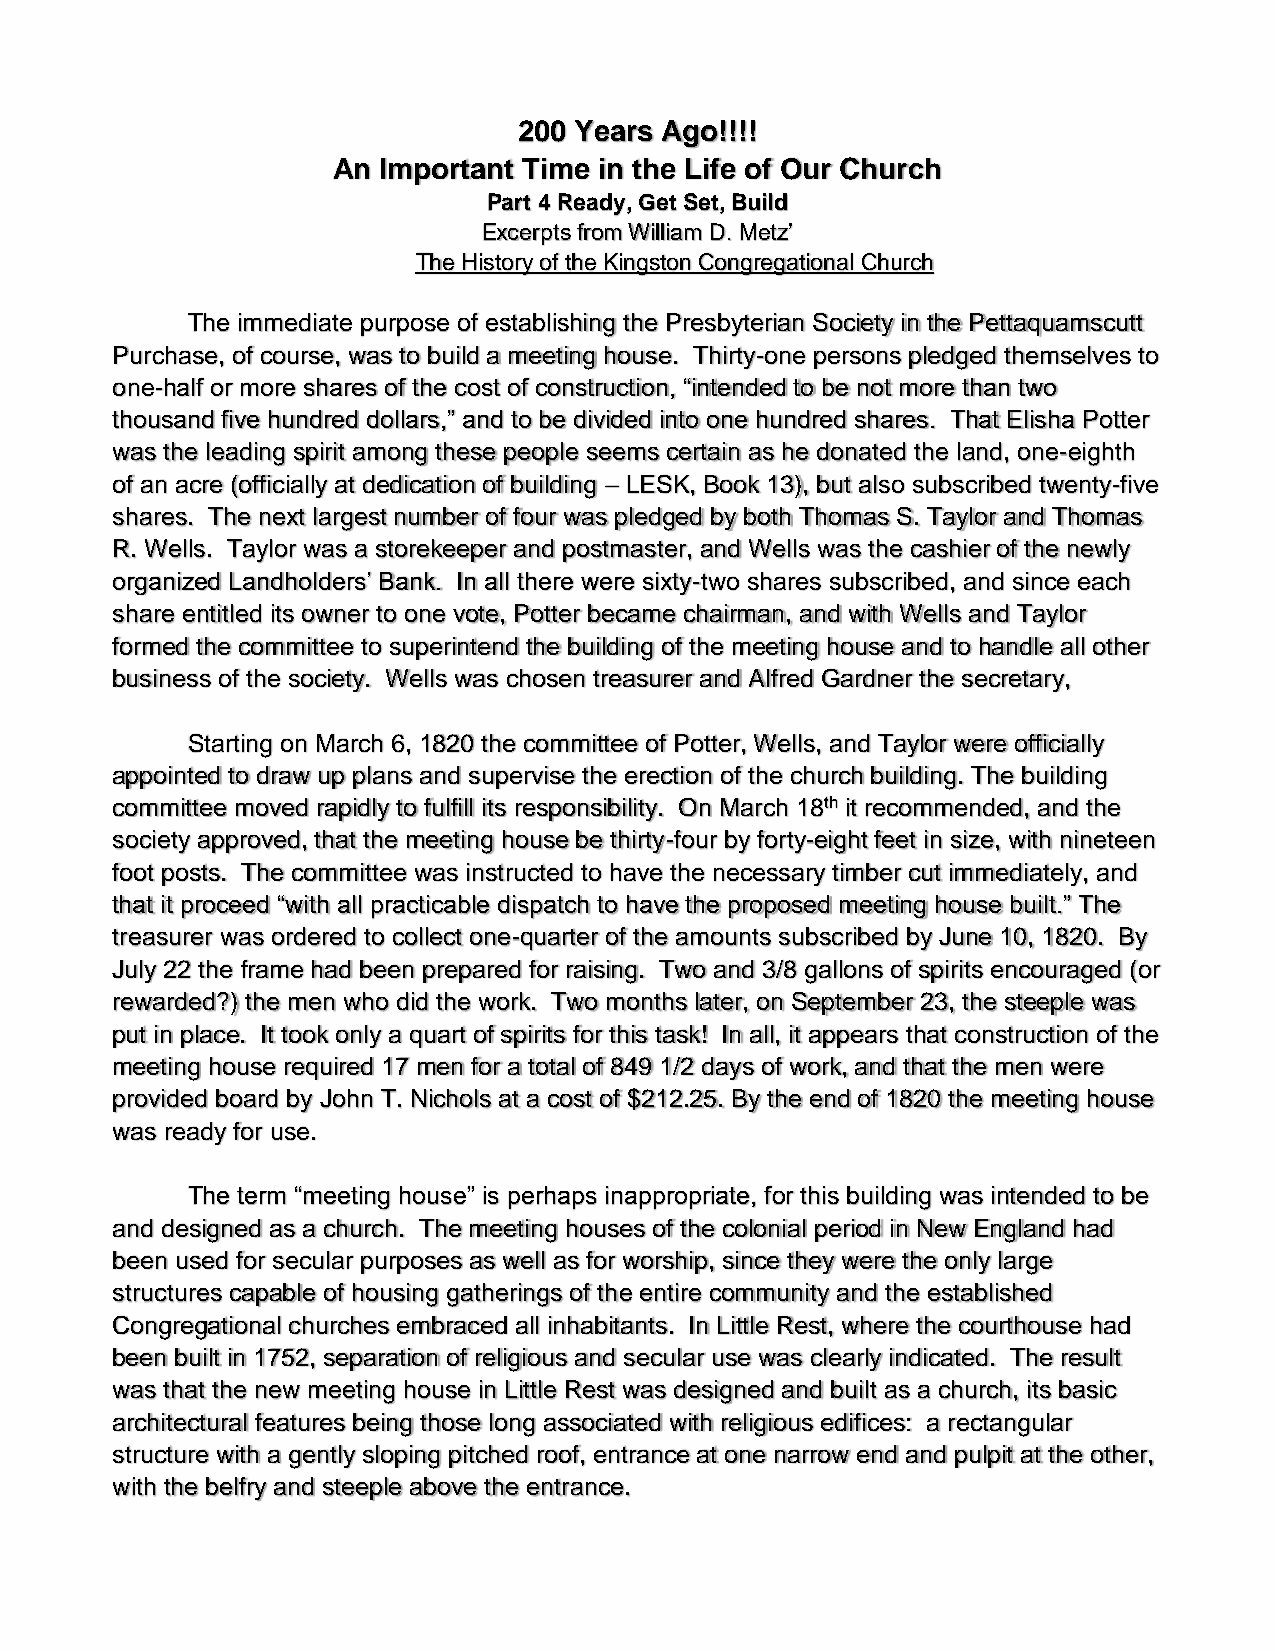
200 Years Ago!!!!
 An Important Time in the Life of Our Church
 Part 4 Ready, Get Set, Build
 Excerpts from William D. Metz’
 The History of the Kingston Congregational Church
 The immediate purpose of establishing the Presbyterian Society in the Pettaquamscutt
 Purchase, of course, was to build a meeting house. Thirty-one persons pledged themselves to
 one-half or more shares of the cost of construction, “intended to be not more than two
 thousand five hundred dollars,” and to be divided into one hundred shares. That Elisha Potter
 was the leading spirit among these people seems certain as he donated the land, one-eighth
 of an acre (officially at dedication of building – LESK, Book 13), but also subscribed twenty-five
 shares. The next largest number of four was pledged by both Thomas S. Taylor and Thomas
 R. Wells. Taylor was a storekeeper and postmaster, and Wells was the cashier of the newly
 organized Landholders’ Bank. In all there were sixty-two shares subscribed, and since each
 share entitled its owner to one vote, Potter became chairman, and with Wells and Taylor
 formed the committee to superintend the building of the meeting house and to handle all other
 business of the society. Wells was chosen treasurer and Alfred Gardner the secretary,
 Starting on March 6, 1820 the committee of Potter, Wells, and Taylor were officially
 appointed to draw up plans and supervise the erection of the church building. The building
 committee moved rapidly to fulfill its responsibility. On March 18th it recommended, and the
 society approved, that the meeting house be thirty-four by forty-eight feet in size, with nineteen
 foot posts. The committee was instructed to have the necessary timber cut immediately, and
 that it proceed “with all practicable dispatch to have the proposed meeting house built.” The
 treasurer was ordered to collect one-quarter of the amounts subscribed by June 10, 1820. By
 July 22 the frame had been prepared for raising. Two and 3/8 gallons of spirits encouraged (or
 rewarded?) the men who did the work. Two months later, on September 23, the steeple was
 put in place. It took only a quart of spirits for this task! In all, it appears that construction of the
 meeting house required 17 men for a total of 849 1/2 days of work, and that the men were
 provided board by John T. Nichols at a cost of $212.25. By the end of 1820 the meeting house
 was ready for use.
 The term “meeting house” is perhaps inappropriate, for this building was intended to be
 and designed as a church. The meeting houses of the colonial period in New England had
 been used for secular purposes as well as for worship, since they were the only large
 structures capable of housing gatherings of the entire community and the established
 Congregational churches embraced all inhabitants. In Little Rest, where the courthouse had
 been built in 1752, separation of religious and secular use was clearly indicated. The result
 was that the new meeting house in Little Rest was designed and built as a church, its basic
 architectural features being those long associated with religious edifices: a rectangular
 structure with a gently sloping pitched roof, entrance at one narrow end and pulpit at the other,
 with the belfry and steeple above the entrance.